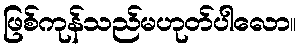
ဖြစ်ကုန်သည်မဟုတ်ပါလော။